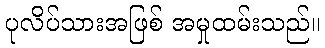
ပုလိပ်သားအဖြစ် အမှုထမ်းသည်။